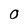
Character: 0